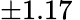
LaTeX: \pm 1.17\